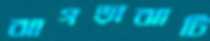
ঝাগড়াঝাটি